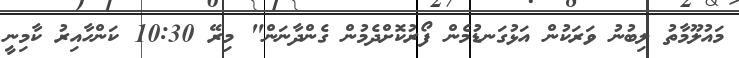
މައުލޫމާތު ލިބުނު ވަރަކުން އަޅުގަނޑުމެން ފޯރުކޮށްދެމުން ގެންދާނަން" މިރޭ 10:30 ކަންހާއިރު ކާމިނީ